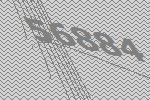
56884